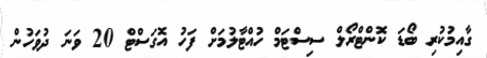
ގާއިމުކުރި ބޯޑަ ކޮންޓްރޯލް ސިސްޓަމް ހުއްޓާލުމަށް ފަހު އޮގަސްޓް 20 ވަނަ ދުވަހުން